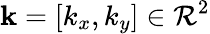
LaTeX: \mathbf{k}=[k_{x},k_{y}]\in\mathcal{R}^{2}